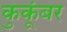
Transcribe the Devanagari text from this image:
कुकूंबर